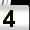
Digit: 4